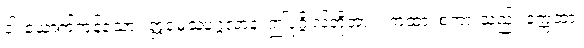
ငါးယောက်ကုန်သော။ ဣမေသံပုဂ္ဂလာနံ၊ ဤပုဂ္ဂိုလ်တို့အား။ ကထာ၊ စကားသည်။ ဒုက္ကထာ၊